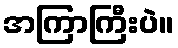
အကြာကြီးပဲ။